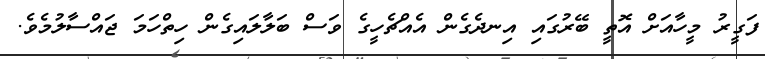
ފަގީރު މީހާއަށް އޮތީ ބޭރުގައި އިނދެގެން އެއްޗެހީގެ ވަސް ބަލާލައިގެން ހިތްހަމަ ޖައްސާލުމެވެ.